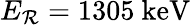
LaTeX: E_{\mathcal{R}}=1305~\mathrm{{keV}}